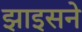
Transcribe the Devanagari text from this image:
झाइसने